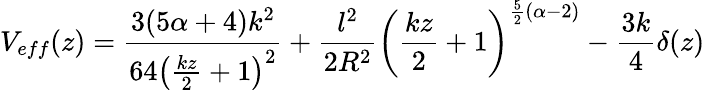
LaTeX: V_{eff}(z)=\frac{3(5\alpha+4)k^{2}}{64\left({\frac{kz}{2}}+1\right)^{2}}+{\frac{l^{2}}{2R^{2}}}\left({\frac{kz}{2}}+1\right)^{{\frac{5}{2}}(\alpha-2)}-{\frac{3k}{4}}\delta(z)